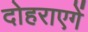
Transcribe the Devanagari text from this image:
दोहराएगें